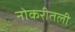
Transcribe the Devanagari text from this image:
नोकरीतली